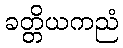
ခတ္တိယကညံ